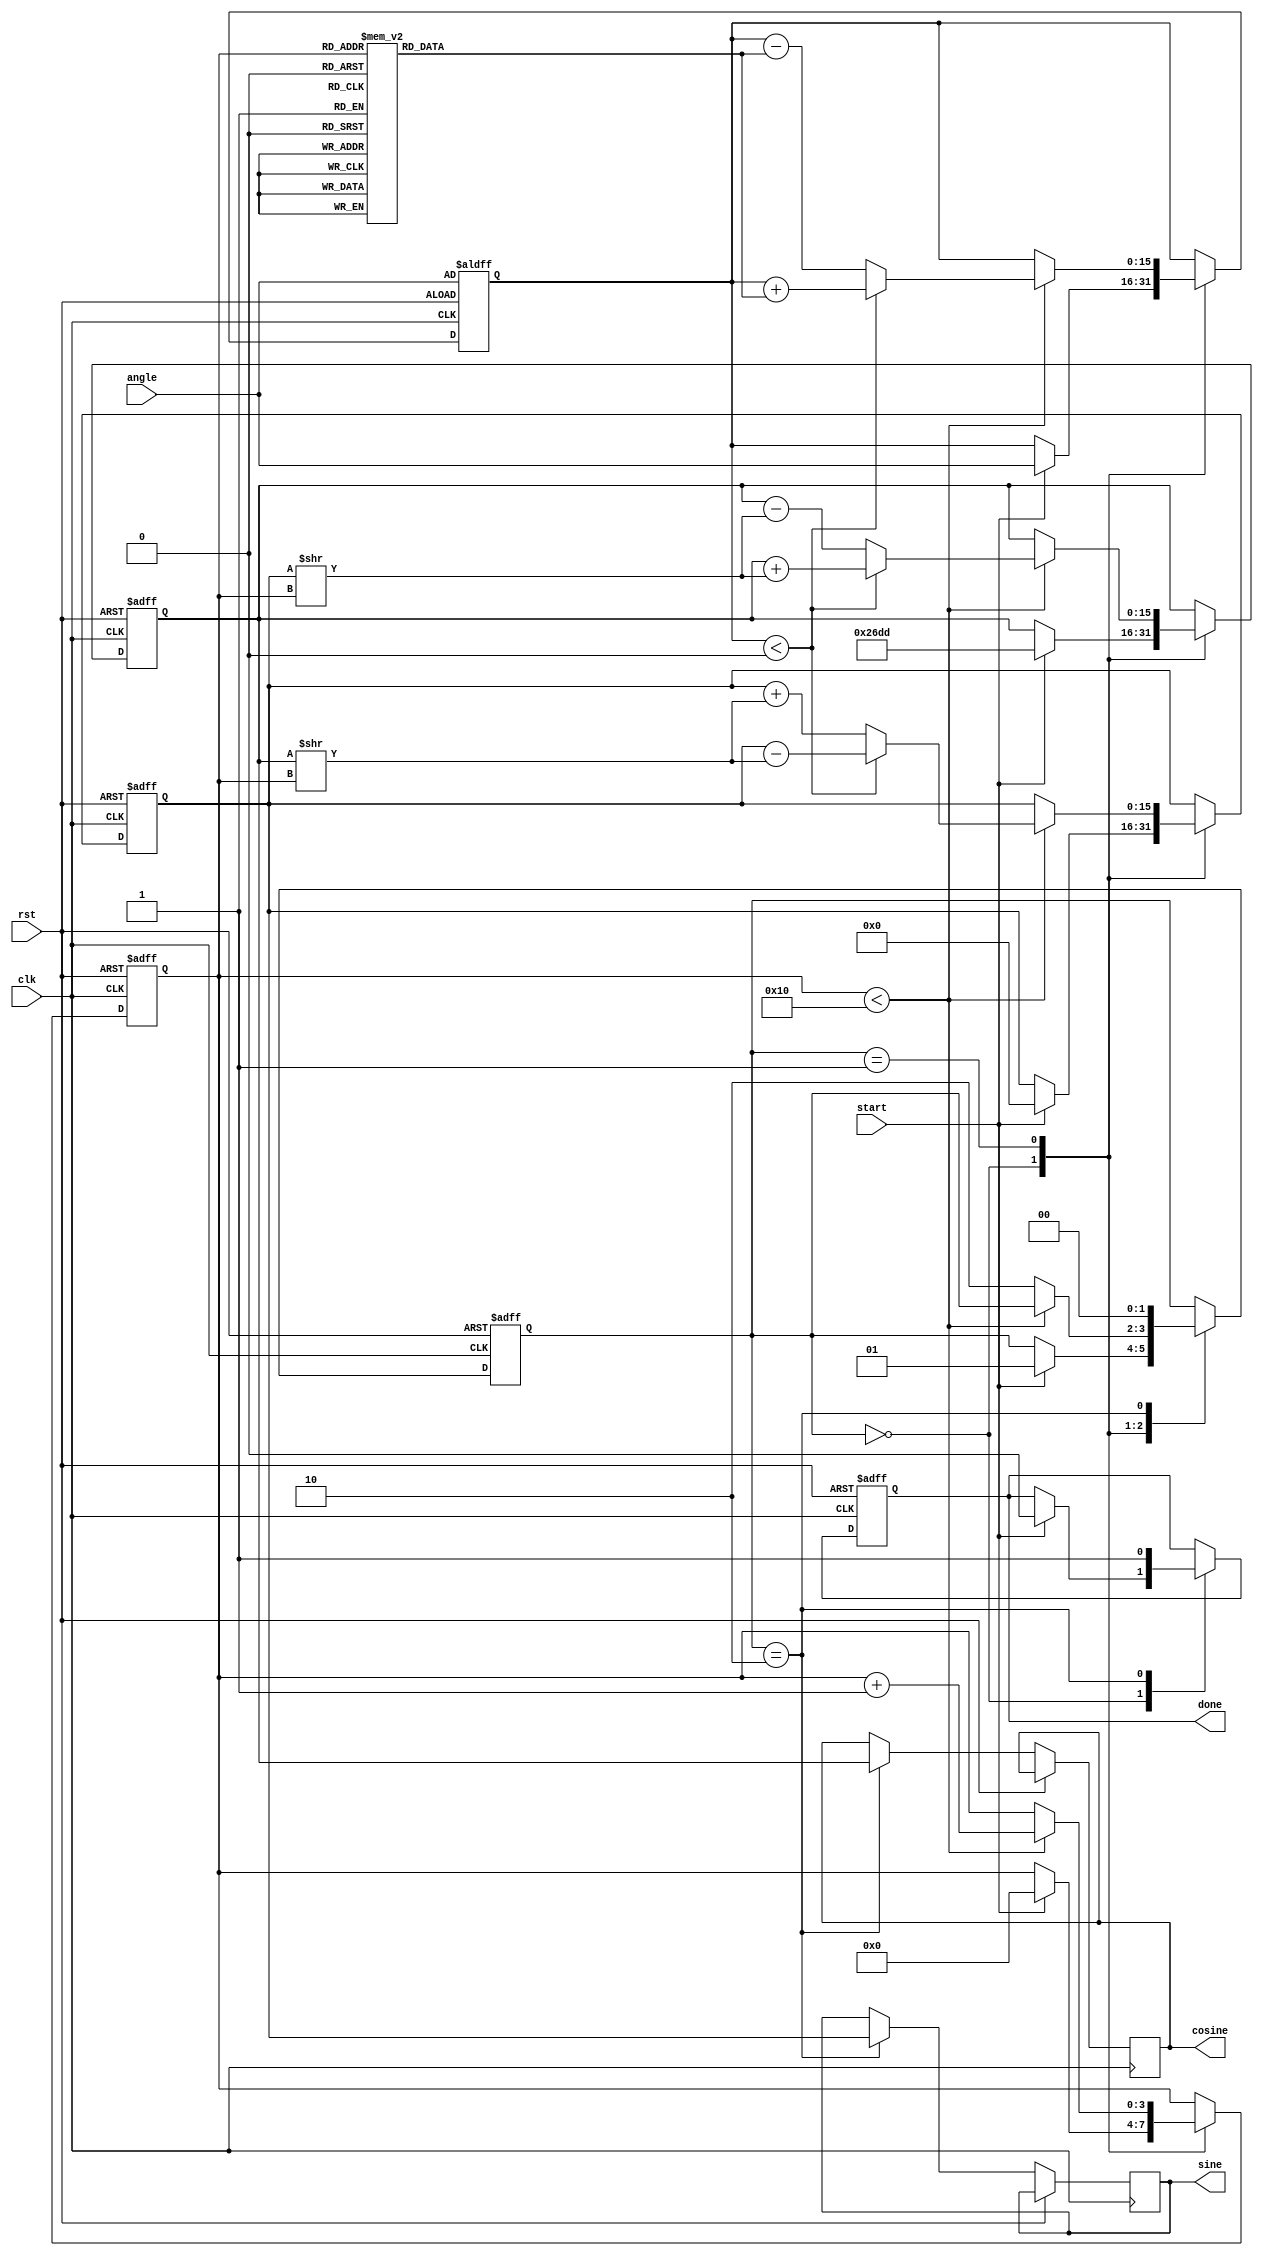
module cordic(
    input clk,
    input rst,
    input [15:0] angle, // Input angle in fixed-point representation
    input start,
    output reg [15:0] cosine, // Output cosine value
    output reg [15:0] sine,   // Output sine value
    output reg done
);

    // Parameters
    parameter NUM_ITERATIONS = 16; // Number of iterations for CORDIC
    parameter [15:0] K = 16'h26DD; // Scaling factor (K = 0.6072 for 16-bit)

    // Pre-computed arctan values (in fixed-point representation)
    reg [15:0] atan_table [0:NUM_ITERATIONS-1];
    
    // Internal signals
    reg [15:0] x, y, z; // x, y coordinates and angle
    reg [3:0] i; // Iteration counter
    reg [1:0] state; // State for FSM
    reg [15:0] x_next, y_next, z_next;

    // State machine states
    localparam IDLE = 2'b00,
               COMPUTE = 2'b01,
               DONE = 2'b10;

    // Initialize arctan lookup table
    initial begin
        atan_table[0] = 16'h2000; // atan(2^0)
        atan_table[1] = 16'h1333; // atan(2^-1)
        atan_table[2] = 16'h0A66; // atan(2^-2)
        atan_table[3] = 16'h0524; // atan(2^-3)
        atan_table[4] = 16'h028B; // atan(2^-4)
        atan_table[5] = 16'h0142; // atan(2^-5)
        atan_table[6] = 16'h00A1; // atan(2^-6)
        atan_table[7] = 16'h0051; // atan(2^-7)
        atan_table[8] = 16'h0028; // atan(2^-8)
        atan_table[9] = 16'h0014; // atan(2^-9)
        atan_table[10] = 16'h000A; // atan(2^-10)
        atan_table[11] = 16'h0005; // atan(2^-11)
        atan_table[12] = 16'h0002; // atan(2^-12)
        atan_table[13] = 16'h0001; // atan(2^-13)
        atan_table[14] = 16'h0000; // atan(2^-14)
        atan_table[15] = 16'h0000; // atan(2^-15)
    end

    // State machine for CORDIC operation
    always @(posedge clk or posedge rst) begin
        if (rst) begin
            state <= IDLE;
            done <= 0;
            i <= 0;
            x <= K; // Start with initial x = K
            y <= 0; // Start with initial y = 0
            z <= angle; // Load input angle
        end else begin
            case (state)
                IDLE: begin
                    if (start) begin
                        state <= COMPUTE;
                        done <= 0;
                        i <= 0;
                        x <= K; // Start with initial x = K
                        y <= 0; // Start with initial y = 0
                        z <= angle; // Load input angle
                    end
                end
                COMPUTE: begin
                    if (i < NUM_ITERATIONS) begin
                        if (z < 0) begin
                            // Rotate clockwise
                            x_next = x + (y >> i);
                            y_next = y - (x >> i);
                            z_next = z + atan_table[i];
                        end else begin
                            // Rotate counterclockwise
                            x_next = x - (y >> i);
                            y_next = y + (x >> i);
                            z_next = z - atan_table[i];
                        end
                        x <= x_next;
                        y <= y_next;
                        z <= z_next;
                        i <= i + 1;
                    end else begin
                        state <= DONE;
                    end
                end
                DONE: begin
                    cosine <= x; // Output cosine
                    sine <= y;   // Output sine
                    done <= 1;
                    state <= IDLE; // Go back to IDLE
                end
            endcase
        end
    end

endmodule